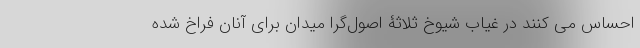
احساس می کنند در غیاب شیوخ ثلاثۀ اصول‌گرا میدان برای آنان فراخ شده